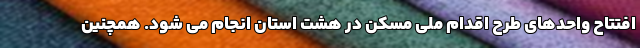
افتتاح واحدهای طرح اقدام ملی مسکن در هشت استان انجام می شود. همچنین